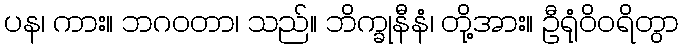
ပန၊ ကား။ ဘဂဝတာ၊ သည်။ ဘိက္ခုနီနံ၊ တို့အား။ ဦရုံဝိဝရိတွာ